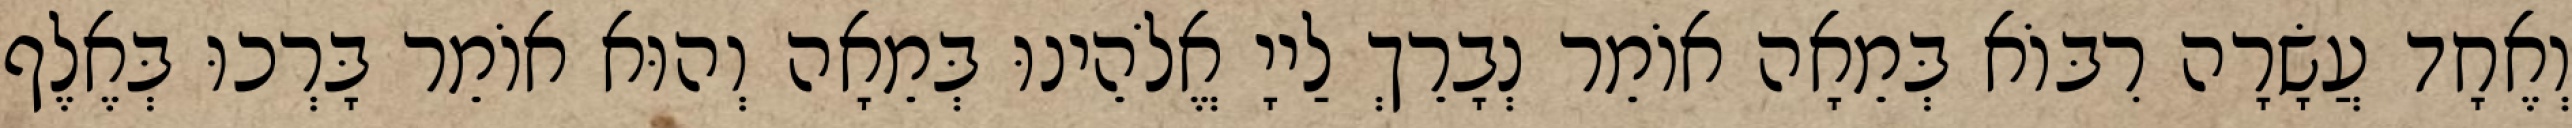
וְאֶחָד עֲשָׂרָה רִבּוֹא בְּמֵאָה אוֹמֵר נְבָרֵךְ לַייָ אֱלֹהֵינוּ בְּמֵאָה וְהוּא אוֹמֵר בָּרְכוּ בְּאֶלֶף